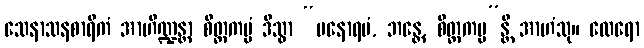
သေနာသနစာရိကံ အာဟိဏ္ဍန္တာ စိတ္တကမ္မံ ဒိသွာ “မနောရမံ, ဘန္တေ, စိတ္တကမ္မ”န္တိ အာဟံသု။ ထေရော